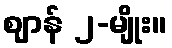
ဈာန် ၂-မျိုး။